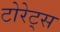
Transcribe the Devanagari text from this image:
टोरेट्स